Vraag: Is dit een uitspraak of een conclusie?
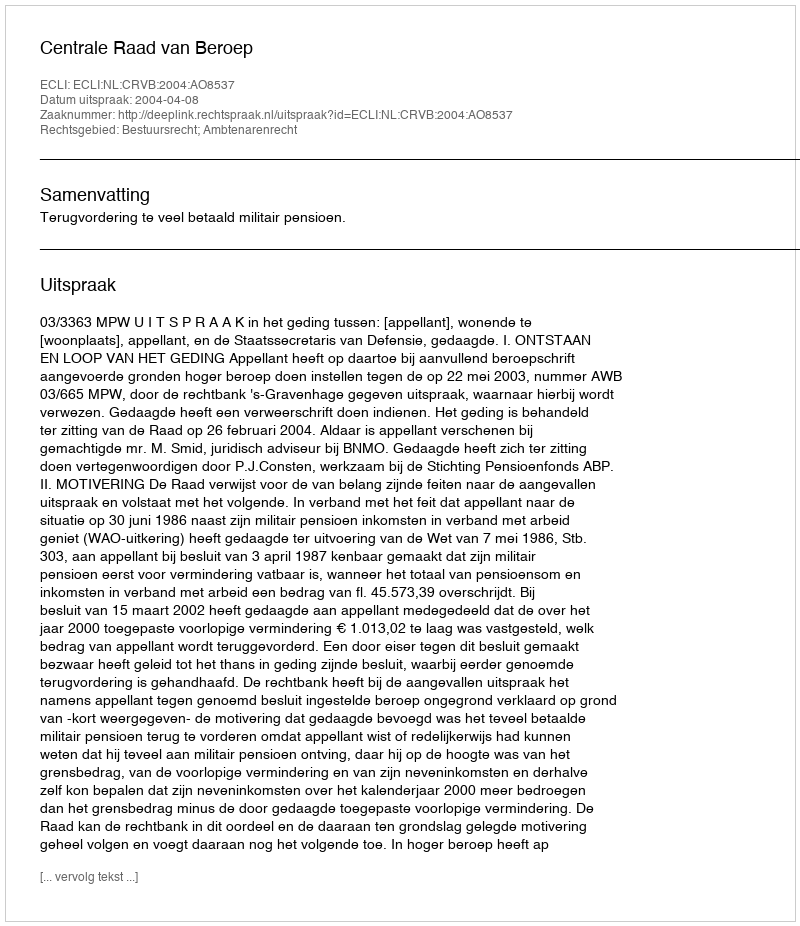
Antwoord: Uitspraak